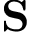
{ \bf S }